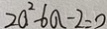
2 a ^ { 2 } - 6 a - 2 = 2